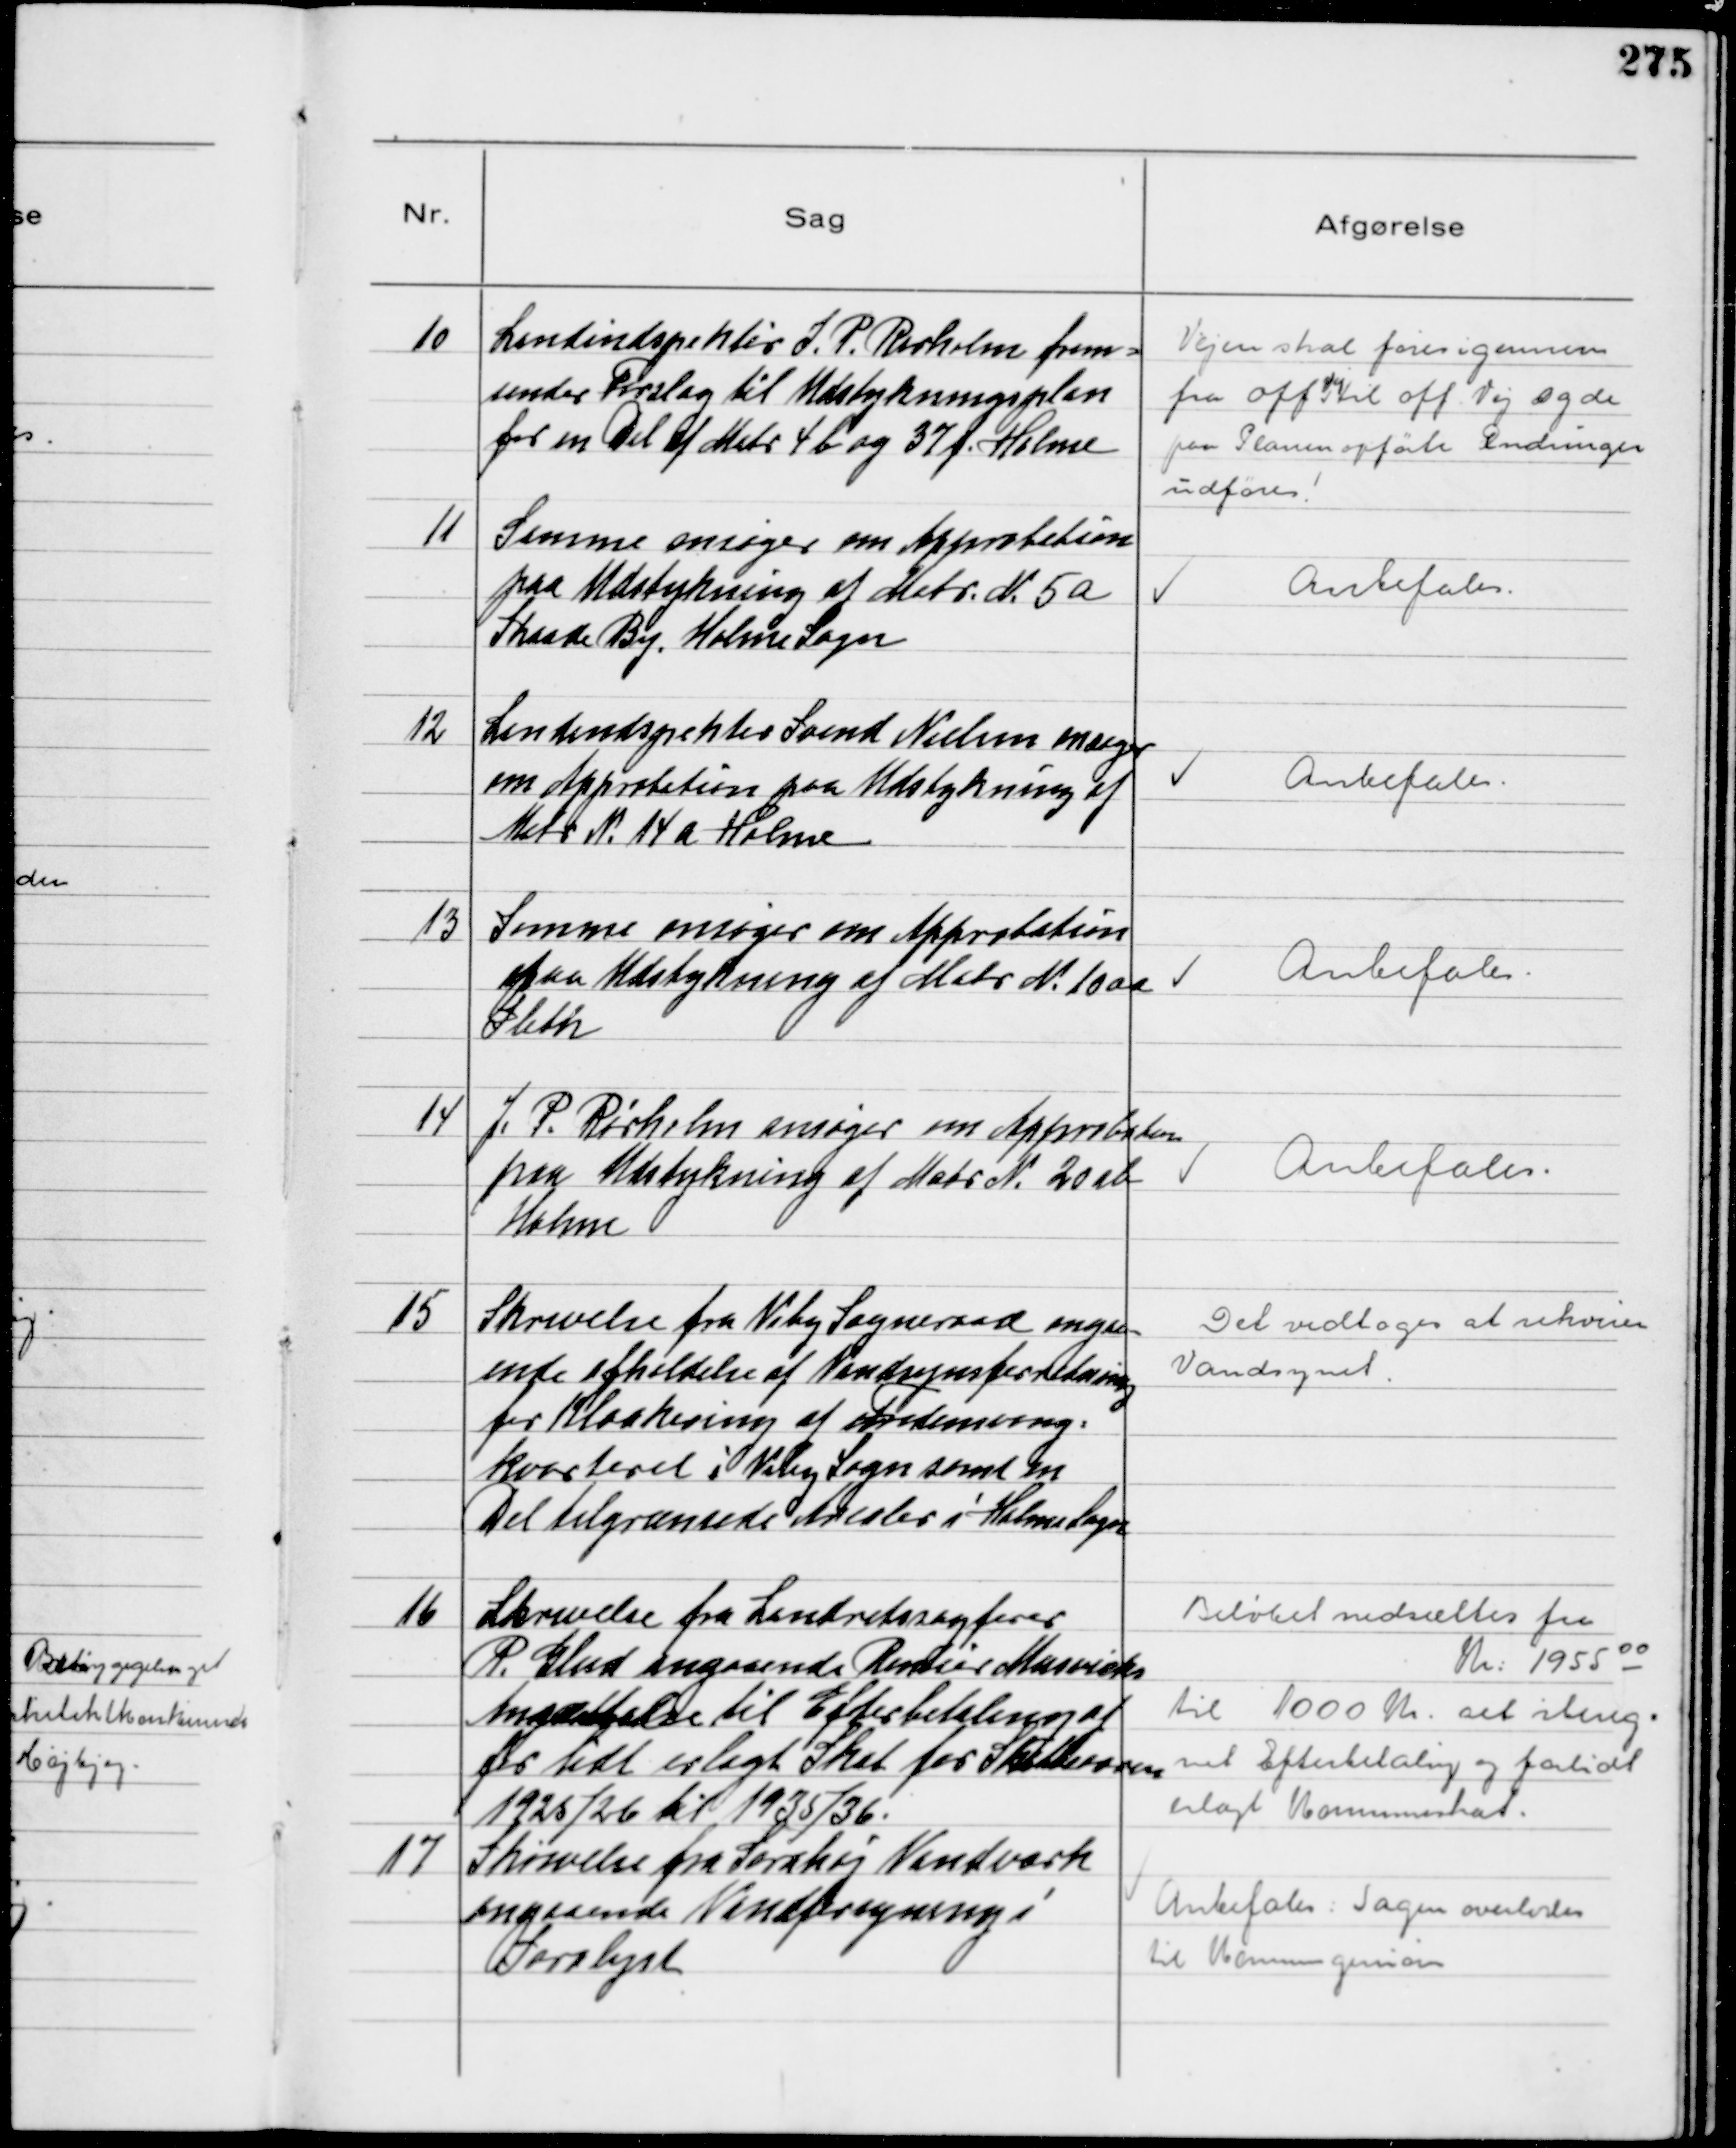
Transskription:
10
Landindspektør J. P. Rørholm frem-
sender Forslag til Udstykningsplan
for en Del af Matr 4b og 37 f Holme

Vejen skal føres igennem
fra off Vej til off Vej og de
paa Planen opførte Ændringer
udføres!

11
Samme ansøger om Approbation
paa Udstykning af Matr. N. 5a
Skaade By, Holme Sogn

Anbefales

12
Landindspektør Svend Nielsen ansøger
om Approbation paa Udstykning af
Matr N. 14a Holme

Anbefales

13
Samme ansøger om Approbation
paa Udstykning af Matr N. 10 aa
Sleth

Anbefales

14
J. P. Rørholm ansøger om Approbation
paa Udstykning af Matr N. 20ab
Holme

Anbefales

15
Skrivelse fra Viby Sogneraad angaa-
ende afholdelse af Vandsynsforretning
for Kloakering af Fredensvang-
kvarteret i Viby Sogn samt en
Del tilgrænsede Arealer i Holme Sogn

Det vedtoges at rekviere
Vandsynet

16
Skrivelse fra Landretssagfører
R. Glud angaaende Rentier Musvicks
Ansættelse til Efterbetaling af
for lidt erlagt Skat for Skatteaarene
1925/26 til 1935/36.

Beløbet nedsættes fra
Kr. 1955 00
til 1000 Kr set ibereg-
net Efterbetaling og for lidt
erlagt Kommuneskat.

17
Skrivelse fra Sarahøj Vandværk
angaaende Vandforsyning i
Saralyst

Anbefales: Sagen overlodes
til Kommuneingeniøren